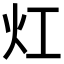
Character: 灴